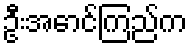
ဦးအောင်ကြည်က